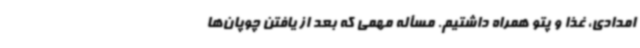
امدادی، غذا و پتو همراه داشتیم. مسأله مهمی که بعد از یافتن چوپان‌ها